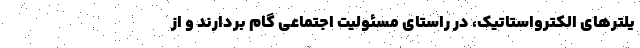
یلترهای الکترواستاتیک، در راستای مسئولیت اجتماعی گام بردارند و از